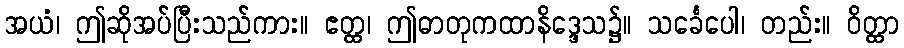
အယံ၊ ဤဆိုအပ်ပြီးသည်ကား။ ဧတ္ထ၊ ဤဓာတုကထာနိဒ္ဒေသ၌။ သင်္ခေပေါ၊ တည်း။ ဝိတ္ထာ